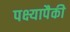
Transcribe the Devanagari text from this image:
पक्ष्यापैकी